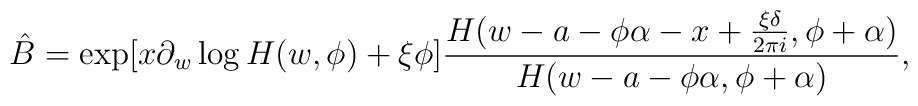
\hat{B} = \exp [x\partial_w \log H(w,\phi) + \xi\phi]\frac{H(w-a-\phi\alpha-x+\frac{\xi\delta}{2\pi i}, \phi + \alpha)}{H(w-a-\phi\alpha, \phi + \alpha)},